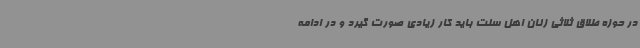
در حوزه طلاق ثلاثی زنان اهل سنت باید کار زیادی صورت گیرد و در ادامه